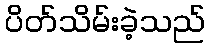
ပိတ်သိမ်းခဲ့သည်